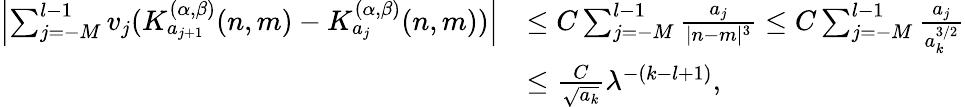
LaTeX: \begin{array}{rl}{\left|\sum_{j=-M}^{l-1}v_{j}(K_{a_{j+1}}^{(\alpha,\beta)}(n,m)-K_{a_{j}}^{(\alpha,\beta)}(n,m))\right|}&{\le C\sum_{j=-M}^{l-1}\frac{a_{j}}{|n-m|^{3}}\le C\sum_{j=-M}^{l-1}\frac{a_{j}}{a_{k}^{3/2}}}\\ &{\le\frac{C}{\sqrt{{a_{k}}}}\lambda^{-(k-{l}+1)},}\end{array}